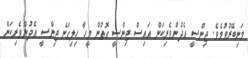
މަނިބޭރުވުމެވެ. ޖިންސީ އެދުންވެރިކަން އައިސް ޖިންސީ ގޮތުން މީހާ ހިލިގަނެ ޖިންސީ އެދުންވެރިކަން